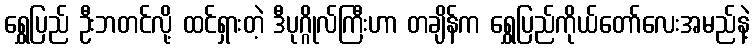
ရွှေပြည် ဦးဘတင်လို့ ထင်ရှားတဲ့ ဒီပုဂ္ဂိုလ်ကြီးဟာ တချိန်က ရွှေပြည်ကိုယ်တော်လေးအမည်နဲ့